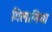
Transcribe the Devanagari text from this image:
गिलानिया